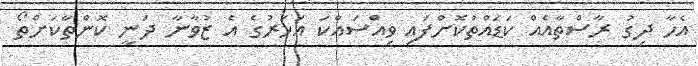
އެހާ ދިގު ރާސްތާއެއް ކަޑައްތުކޮށްފައި ވިއްސައްކަ އަހަރުގެ އެ ޒުވާނާ ދަނީ ކޮންތާކަށްތޯ